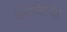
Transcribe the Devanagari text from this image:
आयर्लंडातील